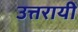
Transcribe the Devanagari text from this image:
उत्तरायी